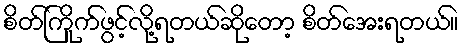
စိတ်ကြိုက်ဖွင့်လို့ရတယ်ဆိုတော့ စိတ်အေးရတယ်။